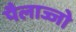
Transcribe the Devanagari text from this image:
पैलाज्जो